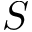
S